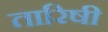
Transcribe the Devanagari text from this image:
तारिषी